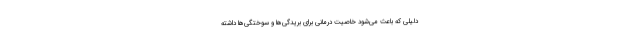
دلیلی که باعث می‌شود خاصیت درمانی برای بریدگی‌ها و سوختگی‌ها داشته